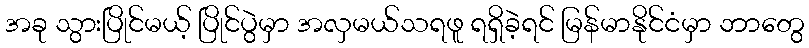
အခု သွားပြိုင်မယ့် ပြိုင်ပွဲမှာ အလှမယ်သရဖူ ရရှိခဲ့ရင် မြန်မာနိုင်ငံမှာ ဘာတွေ